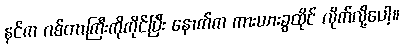
နင်က ဂစ်တာကြီးကိုကိုင်ပြီး နောက်က ကားယားခွထိုင် လိုက်လို့ပေါ့။